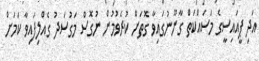
އަދި ޕީއައިސީގެ މަސައްކަތް ގާނޫނުގައިވާ ގޮތަށް ކުރެވުމުން ނުގޮސް މަގުސަދު ގެއްލިފައިވާ ކަމަށް